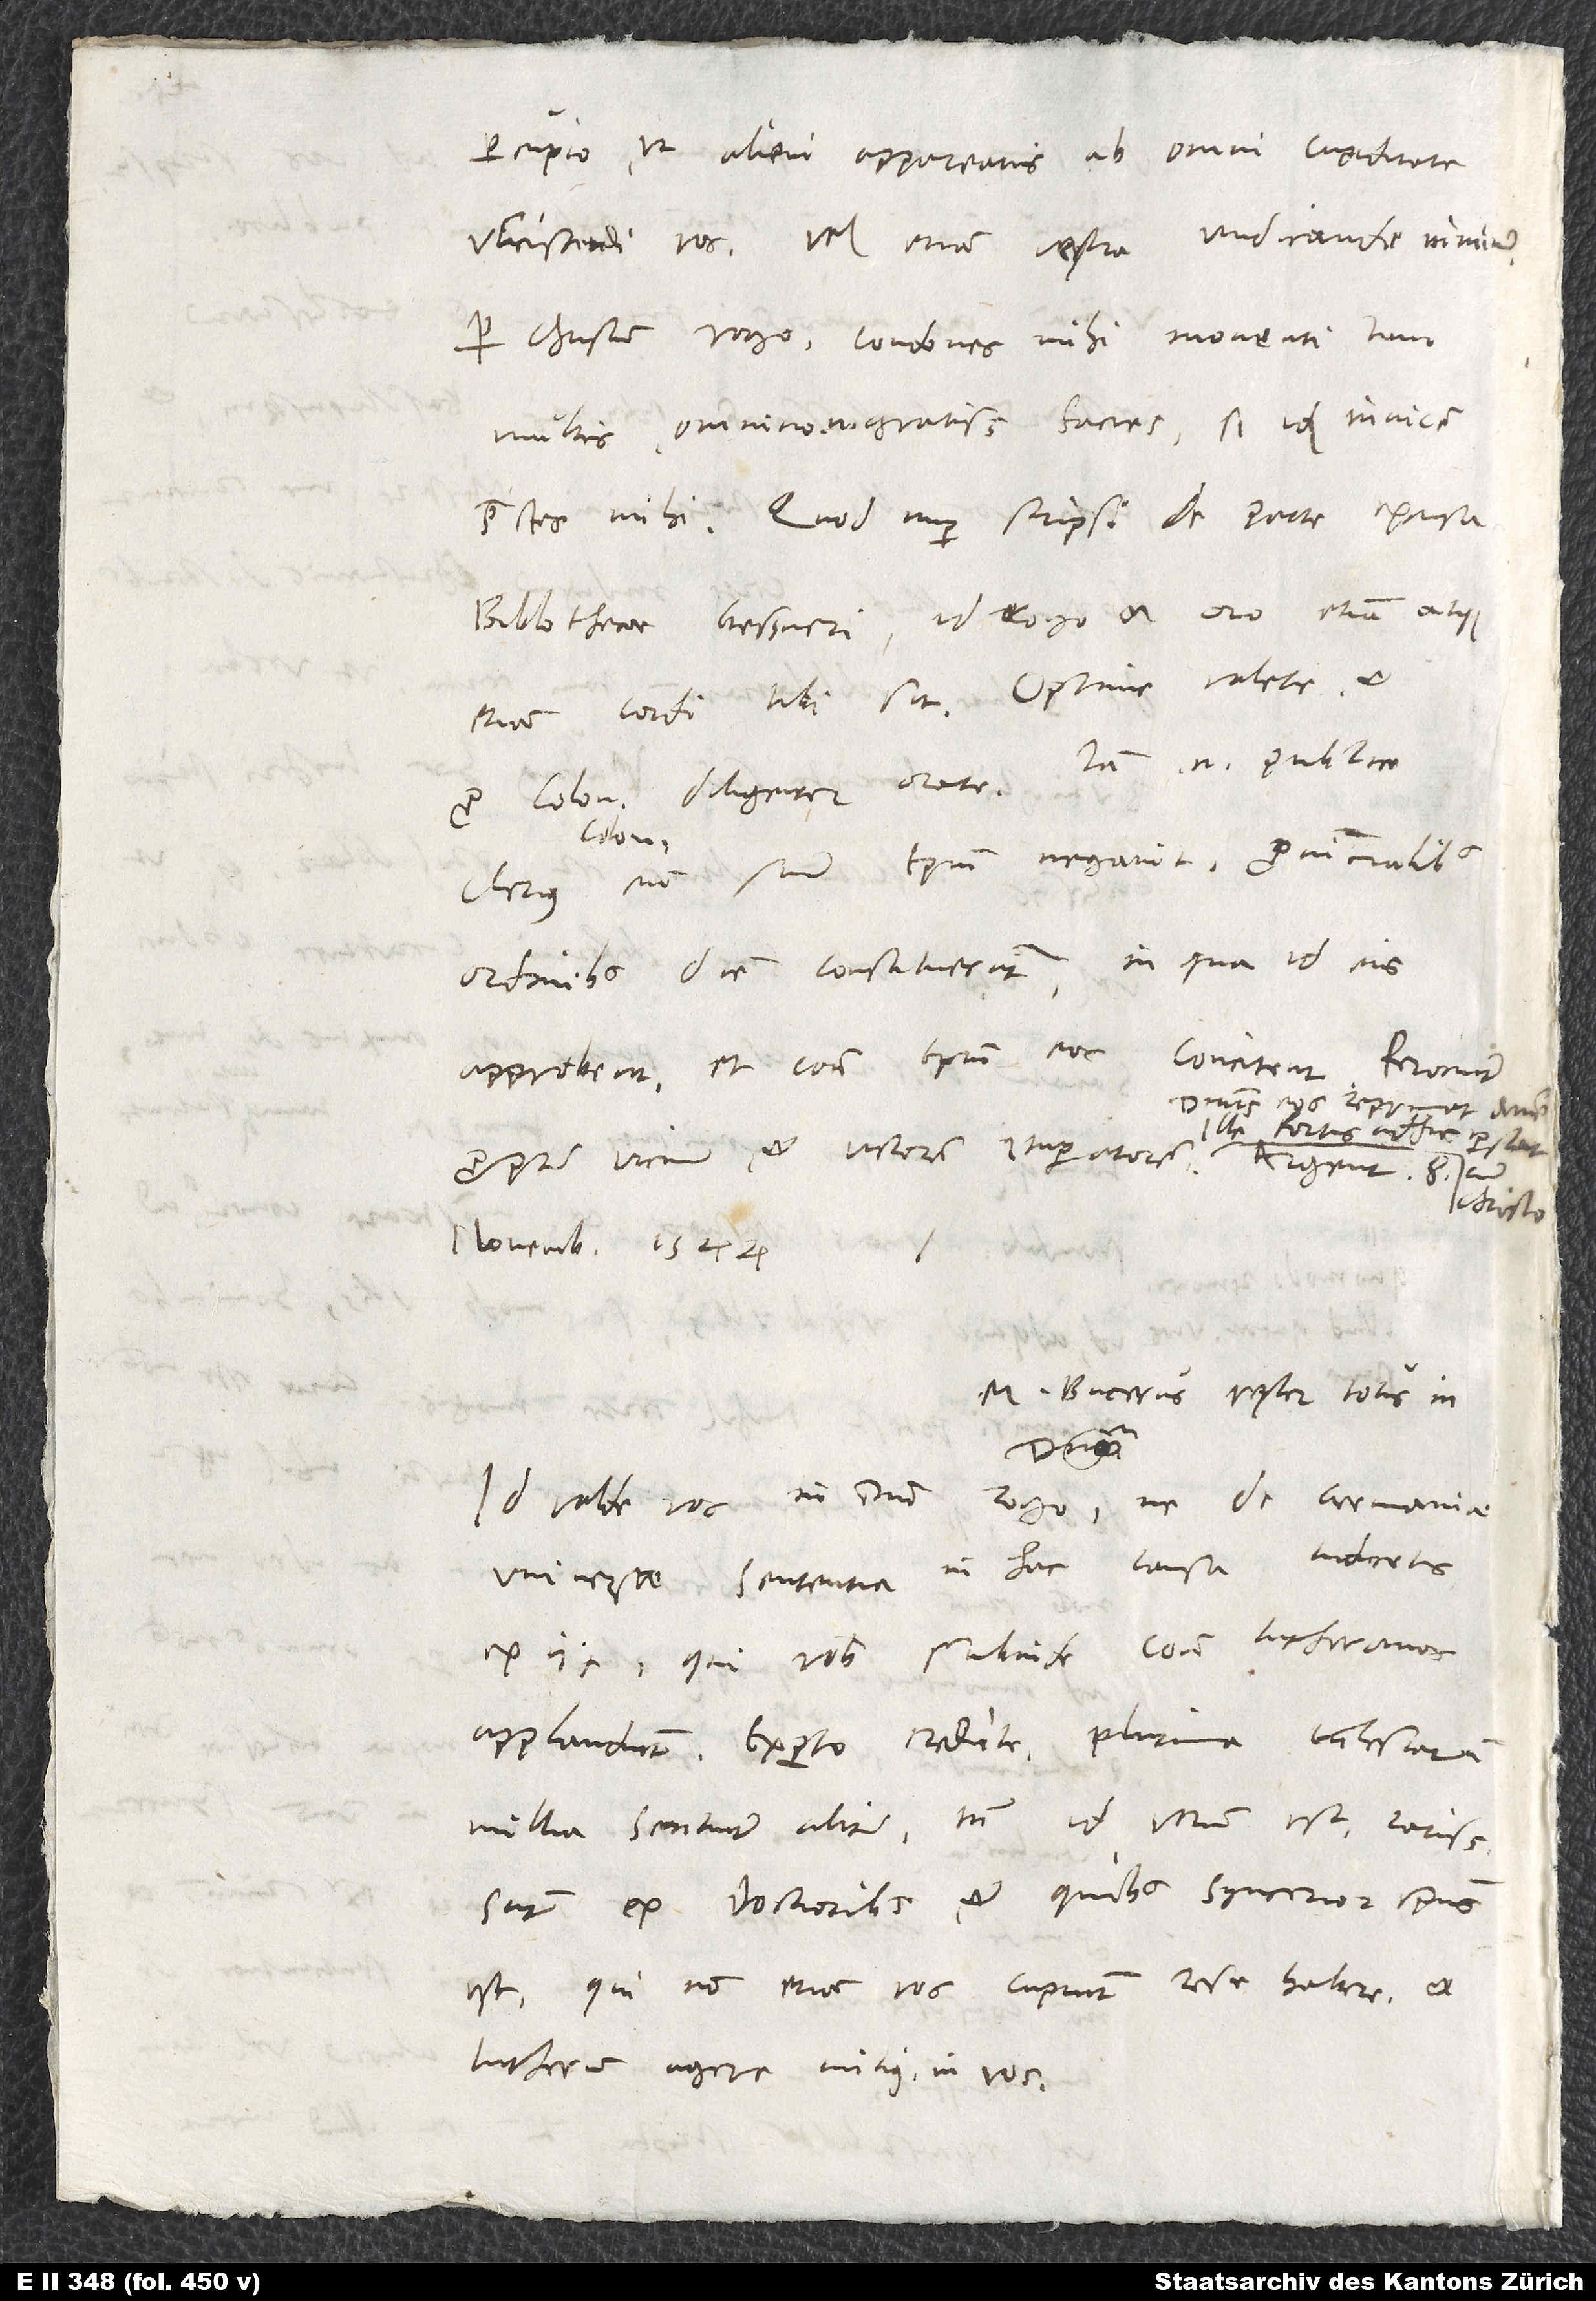
percupio, ut alieni appareatis ab omni cupiditate
ulciscendi vos vel etiam vestra vindicandi nimium.
Per Christum rogo, condones mihi monenti tam
multis; omnino enim gratissimum facies, si idque invicem
Bibliothecae Gessneri, id rogo et oro etiam atque
Iam enim publice
pro Coloniensi diligenter orate.
eum suum episcopum negavit, provincialibus
ordinibus diem constituerunt, in qua id eis
approbent et contra episcopum eos concitent ferociter
Dominus eos reprimet, amen.
Ille fortis adhuc perstat
propter vicinum et victorem imperatorem.
novembris 1544.
M. Bucerus vester totus in
Id valde vos in domino rogo, ne de Germaniae
universae sententia in hac causa iudicetis
ex iis, qui vobis subinde contra Lutheranos
applaudunt. Experto, credite, plurima ecclesiarum
millia sentiunt aliter; tamen id verum est, rarissimi
sunt ex doctioribus, et quibus syncerior spiritus
est, qui non etiam vos cupiunt recte habere et
Lutherum agere mitius in vos.